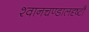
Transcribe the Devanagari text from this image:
श्वानचण्डालदृष्टौ